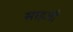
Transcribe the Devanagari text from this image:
साइजी